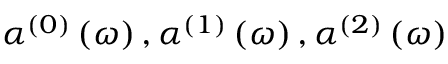
\alpha ^ { ( 0 ) } \left( \omega \right) , \alpha ^ { ( 1 ) } \left( \omega \right) , \alpha ^ { ( 2 ) } \left( \omega \right)